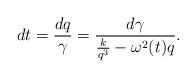
LaTeX: \begin{align*} dt=\frac{dq}{\gamma}=\frac{d\gamma}{\frac{k}{q^3}-\omega^2(t)q}.\end{align*}